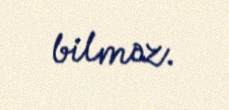
bilməz.